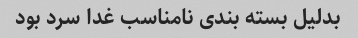
بدلیل بسته بندی نامناسب غدا سرد بود